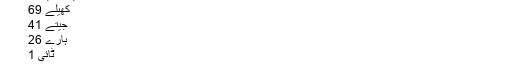
ٹی ٹوئنٹی مقابلے
انڈیا کا ریکارڈ
کھیلے 69
جیتے 41
ہارے 26
ٹائی 1
بے نتیجہ 1
اس میچ میں پاکستانی اسپنرز کی بھی سخت آزمائش ہوگی کیونکہ انڈیای بیٹسمین سپن بولنگ کو بہت اچھا کھیلتے ہیں۔